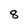
Character: 8